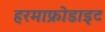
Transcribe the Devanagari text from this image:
हरमाफ्रोडाइट